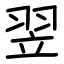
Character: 翌